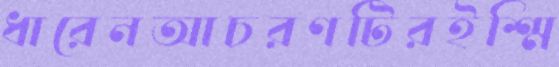
ধারেনআচরণটিরইশ্মি